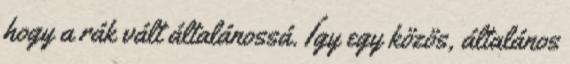
hogy a rák vált általánossá. Így egy közös, általános